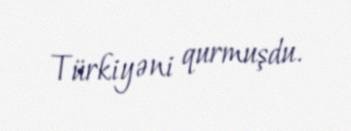
Türkiyəni qurmuşdu.